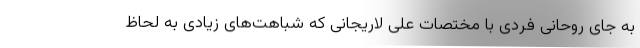
به جای روحانی فردی با مختصات علی لاریجانی که شبا‌هت‌های زیادی به لحاظ